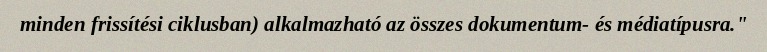
minden frissítési ciklusban) alkalmazható az összes dokumentum- és médiatípusra."